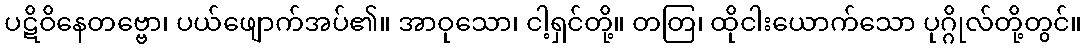
ပဋိဝိနေတဗ္ဗော၊ ပယ်ဖျောက်အပ်၏။ အာဝုသော၊ ငါ့ရှင်တို့။ တတြ၊ ထိုငါးယောက်သော ပုဂ္ဂိုလ်တို့တွင်။